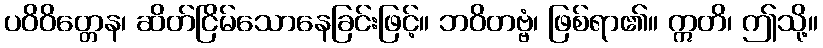
ပဝိဝိတ္တေန၊ ဆိတ်ငြိမ်သောနေခြင်းဖြင့်။ ဘဝိတဗ္ဗံ၊ ဖြစ်ရာ၏။ ဣတိ၊ ဤသို့။